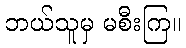
ဘယ်သူမှ မစီးကြ။